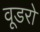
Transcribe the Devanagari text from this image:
वूडरो